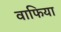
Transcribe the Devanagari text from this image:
वाफिया